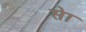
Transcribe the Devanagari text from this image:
सेा